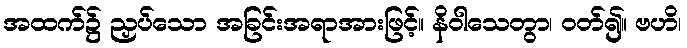
အထက်၌ ညှပ်သော အခြင်းအရာအားဖြင့်။ နိဝါသေတွာ၊ ဝတ်၍။ ဗဟိ၊